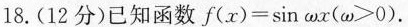
18.(12分)已知函数$$f ( x ) = \sin \omega x ( \omega > 0 )$$.